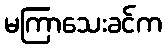
မကြာသေးခင်က